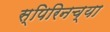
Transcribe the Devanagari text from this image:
स्पिरिनच्या